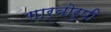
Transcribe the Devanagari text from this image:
गार्बोरुपी